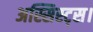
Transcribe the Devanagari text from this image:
अस्सिस्ट्स।